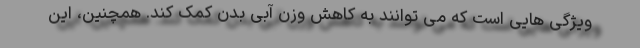
ویژگی هایی است که می توانند به کاهش وزن آبی بدن کمک کند. همچنین، این